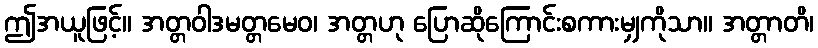
ဤအယူဖြင့်။ အတ္တဝါဒမတ္တမေဝ၊ အတ္တဟု ပြောဆိုကြောင်းစကားမျှကိုသာ။ အတ္တာတိ၊